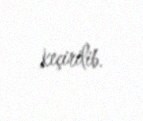
keçirilib.